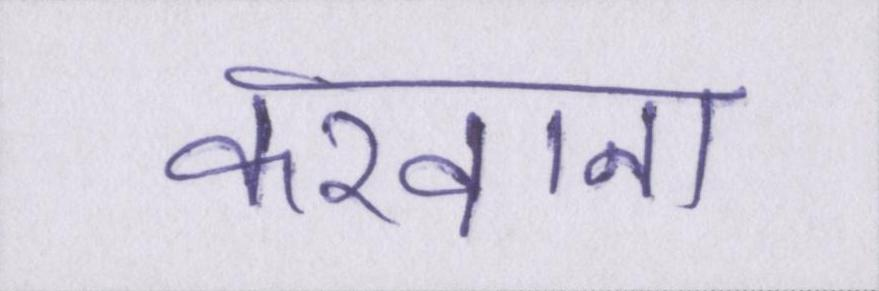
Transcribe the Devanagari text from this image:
करवाना